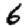
Digit: 6